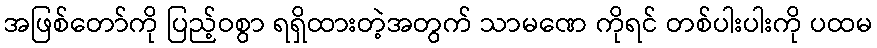
အဖြစ်တော်ကို ပြည့်ဝစွာ ရရှိထားတဲ့အတွက် သာမဏေ ကိုရင် တစ်ပါးပါးကို ပထမ